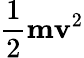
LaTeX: {\frac{1}{2}}\mathbf{m}\mathbf{v}^{2}